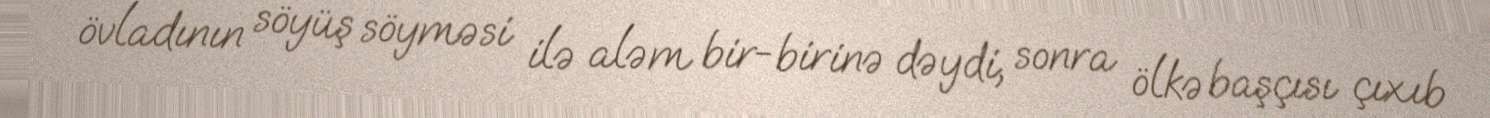
övladının söyüş söyməsi ilə aləm bir-birinə dəydi, sonra ölkə başçısı çıxıb